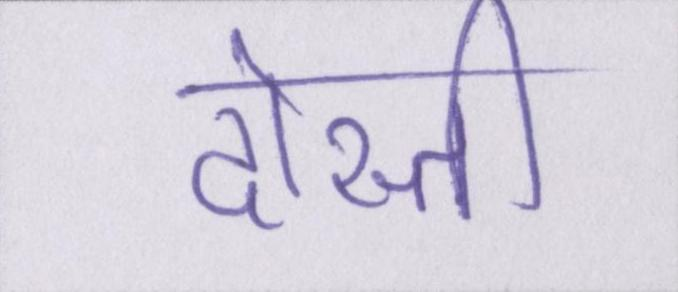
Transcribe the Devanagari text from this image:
दोस्ती